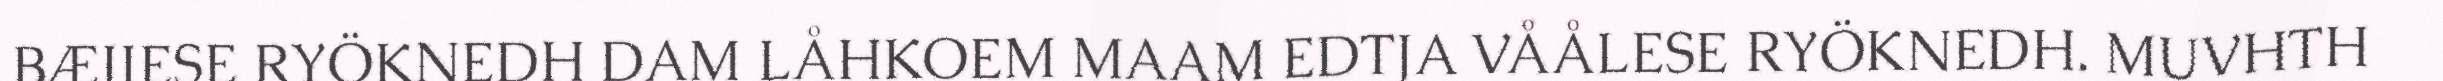
BÆJJESE RYÖKNEDH DAM LÅHKOEM MAAM EDTJA VÅÅLESE RYÖKNEDH. MUVHTH